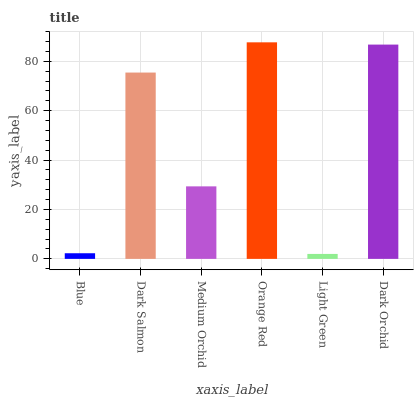
| xaxis_label | bars |
 | --- | --- |
 | Blue | 2.28 |
 | Dark Salmon | 75.4 |
 | Medium Orchid | 29.4 |
 | Orange Red | 87.7 |
 | Light Green | 2 |
 | Dark Orchid | 86.7 |